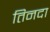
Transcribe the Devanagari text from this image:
तिनदा